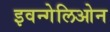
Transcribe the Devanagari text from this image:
इवन्गेलिओन